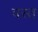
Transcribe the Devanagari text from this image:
वस्त